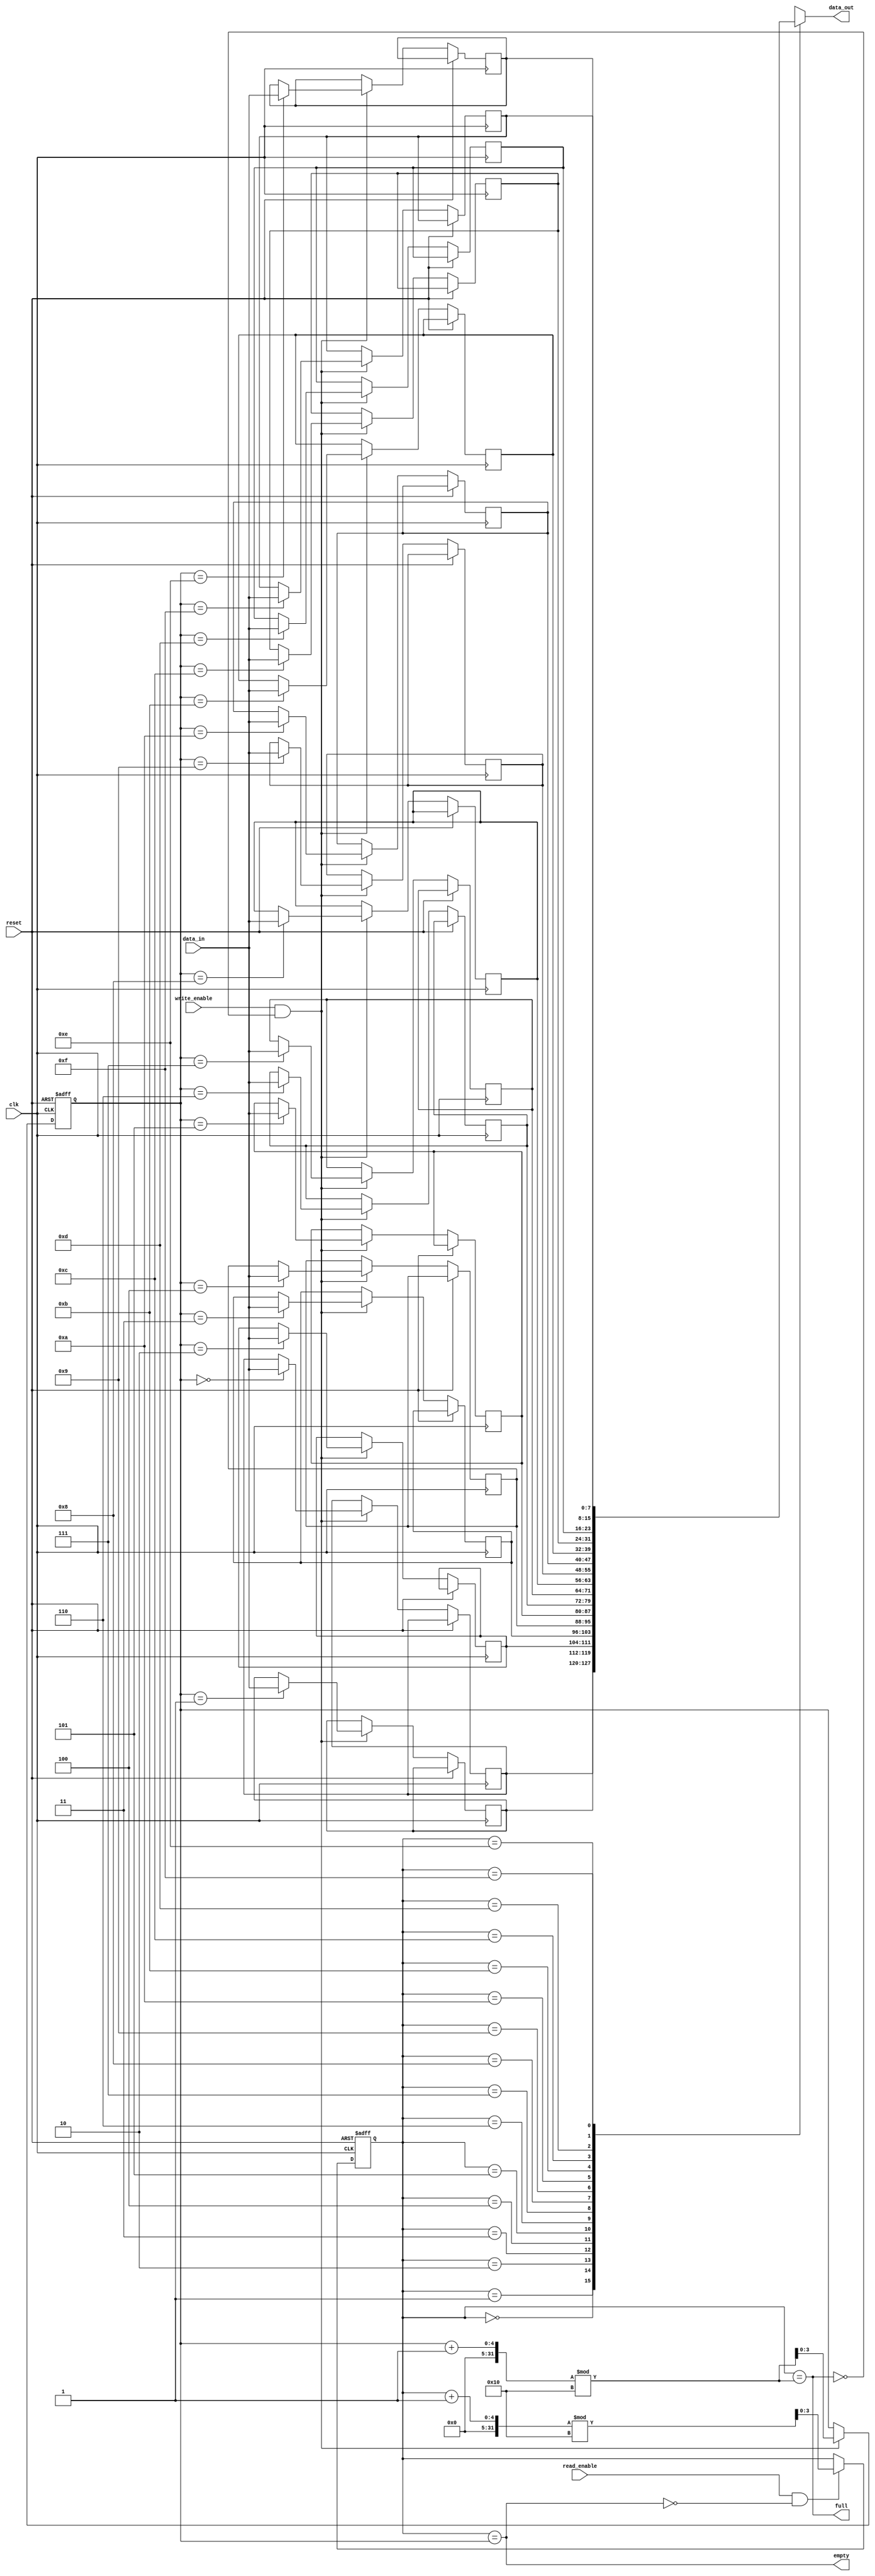
module Circular_FIFO (
    input wire clk,
    input wire reset,
    input wire write_enable,
    input wire read_enable,
    input wire [7:0] data_in,
    output wire [7:0] data_out,
    output wire empty,
    output wire full
);

parameter DEPTH = 16;

reg [7:0] buffer [0:DEPTH-1];
reg [3:0] read_ptr;
reg [3:0] write_ptr;

assign data_out = buffer[read_ptr];
assign empty = (read_ptr == write_ptr);
assign full = (read_ptr == (write_ptr + 1) % DEPTH);

always @(posedge clk or posedge reset) begin
    if (reset) begin
        read_ptr <= 4'b0;
        write_ptr <= 4'b0;
    end else begin
        if (write_enable && !full) begin
            buffer[write_ptr] <= data_in;
            write_ptr <= (write_ptr + 1) % DEPTH;
        end
        if (read_enable && !empty) begin
            read_ptr <= (read_ptr + 1) % DEPTH;
        end
    end
end

endmodule